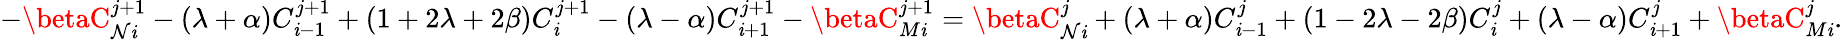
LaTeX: -\betaC_{\mathcal{N}\mathit{i}}^{j+1}-(\lambda+\alpha)C_{\mathit{i}-1}^{j+1}+(1+2\lambda+2\beta)C_{\mathit{i}}^{j+1}-(\lambda-\alpha)C_{\mathit{i}+1}^{j+1}-\betaC_{M\mathit{i}}^{j+1}=\betaC_{\mathcal{N}\mathit{i}}^{j}+(\lambda+\alpha)C_{\mathit{i}-1}^{j}+(1-2\lambda-2\beta)C_{\mathit{i}}^{j}+(\lambda-\alpha)C_{\mathit{i}+1}^{j}+\betaC_{M\mathit{i}}^{j}.